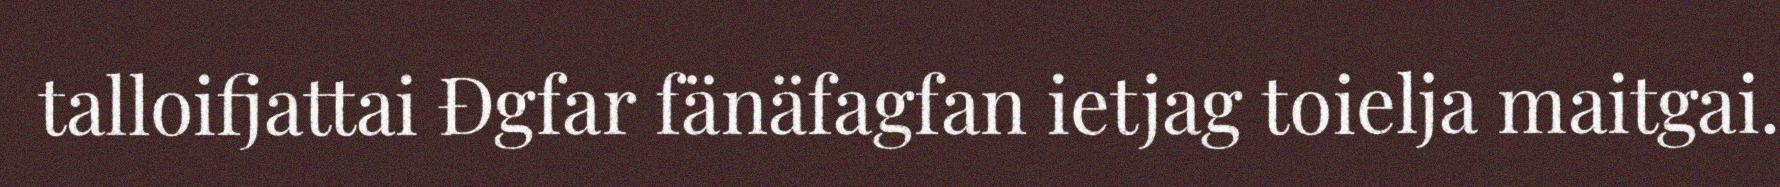
talloifjattai Đgfar fänäfagfan ietjag toielja maitgai.